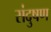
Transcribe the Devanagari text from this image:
संदुषण